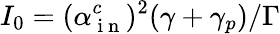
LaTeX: I_{0}=(\alpha_{\mathrm{~i~n~}}^{c})^{2}(\gamma+\gamma_{p})/\Gamma